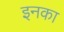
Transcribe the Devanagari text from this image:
इनका